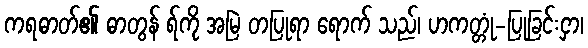
ကရဓာတ်၏ ဓာတွန် ရ်ကို အမြဲ တပြုရာ ရောက် သည်၊ ဟကတ္တုံ-ပြုခြင်းငှာ၊